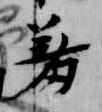
羞